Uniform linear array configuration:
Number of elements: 8
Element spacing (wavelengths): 1
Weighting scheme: kaiser
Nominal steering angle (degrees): -15
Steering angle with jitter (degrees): -15.266
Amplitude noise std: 0.05
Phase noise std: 0.05

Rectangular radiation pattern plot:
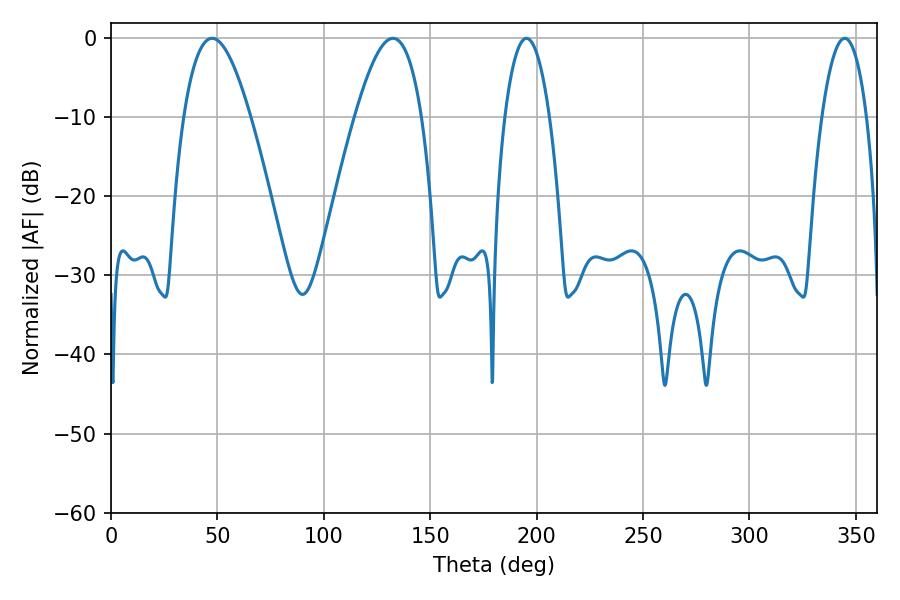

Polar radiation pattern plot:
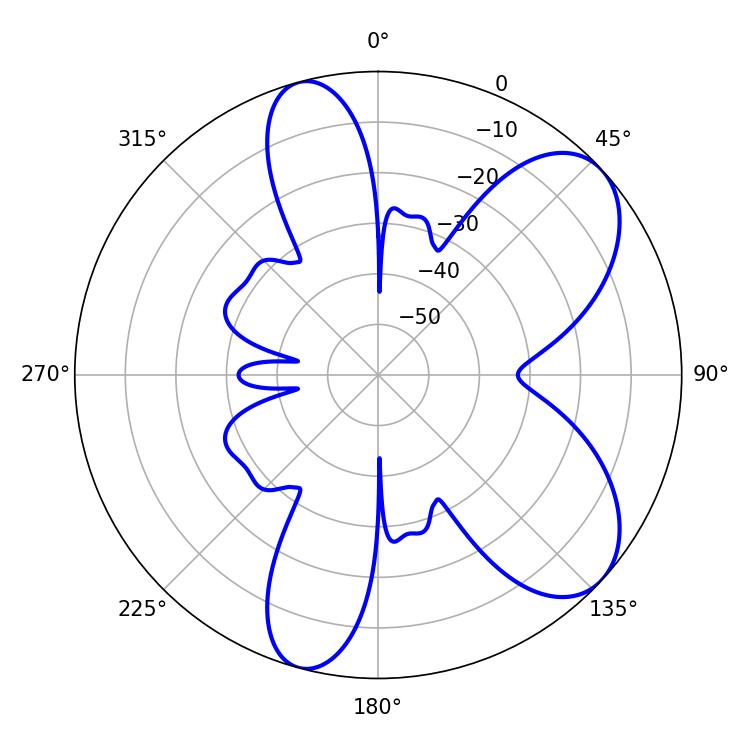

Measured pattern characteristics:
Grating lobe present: TRUE
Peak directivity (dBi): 7.386
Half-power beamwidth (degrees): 16.92
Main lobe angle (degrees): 47.52